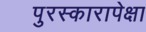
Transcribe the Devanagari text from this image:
पुरस्कारापेक्षा